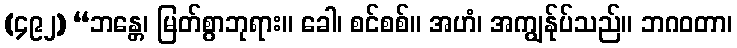
(၄၉၂) “ဘန္တေ၊ မြတ်စွာဘုရား။ ခေါ၊ စင်စစ်။ အဟံ၊ အကျွန်ုပ်သည်။ ဘဂဝတာ၊